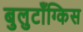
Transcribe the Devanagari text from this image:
बुलुटॉंग्किस